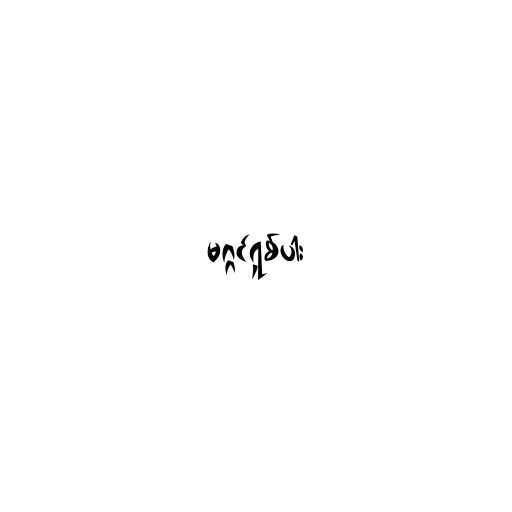
မဂ္ဂင်ရှစ်ပါး